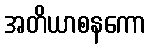
အတိယာစနကော